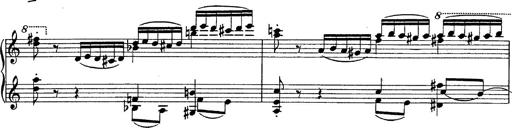
Title: Fantasie Ã¼ber Themen aus Mozarts Figaro und Don Giovanni
Composer: Franz Liszt